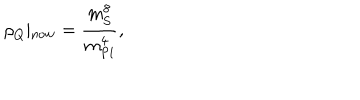
\rho _ { Q } \vert _ { \mathrm { n o w } } = \frac { m _ { \mathrm { S } } ^ { 8 } } { m _ { \mathrm { P l } } ^ { 4 } } ,